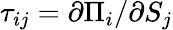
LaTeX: \tau_{ij}=\partial\Pi_{i}/\partial S_{j}